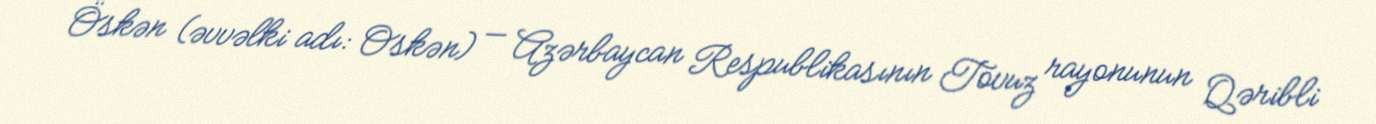
Öskən (əvvəlki adı: Oskən) — Azərbaycan Respublikasının Tovuz rayonunun Qəribli